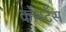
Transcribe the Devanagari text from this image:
कोंस्टेंस